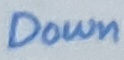
Text: Down